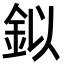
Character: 鉯